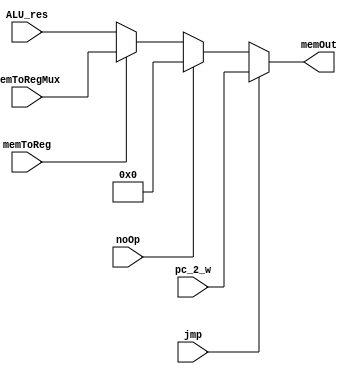
module writeback(memToReg, ALU_res, noOp, jmp, pc_2_w, memToRegMux, memOut);

	input memToReg, noOp, jmp;
	input [15:0] ALU_res, pc_2_w, memToRegMux;

	output [15:0] memOut;

	assign memOut = jmp ? pc_2_w :
				(noOp ? 16'h0000 : (
				memToReg ? memToRegMux : ALU_res));
		

endmodule